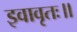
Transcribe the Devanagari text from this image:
इवावृतः॥